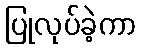
ပြုလုပ်ခဲ့ကာ